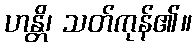
ဟန္တိ၊ သတ်ကုန်၏။